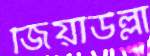
জিয়াউল্লা